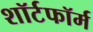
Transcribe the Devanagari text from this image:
शॉर्टफॉर्म